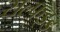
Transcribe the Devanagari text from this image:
सल्फइड